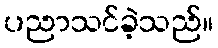
ပညာသင်ခဲ့သည်။